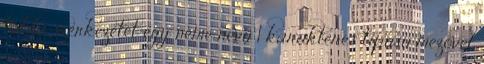
tábla szerkezetét egy neme nevű 1 karakteres típusú mezővel